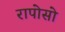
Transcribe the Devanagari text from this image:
रापोसो